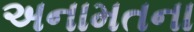
અનામતના